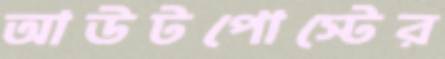
আউটপোস্টের